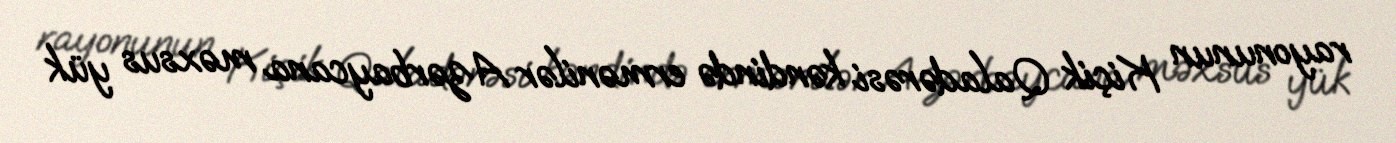
rayonunun Kiçik Qaladərəsi kəndində ermənilər Azərbaycana məxsus yük